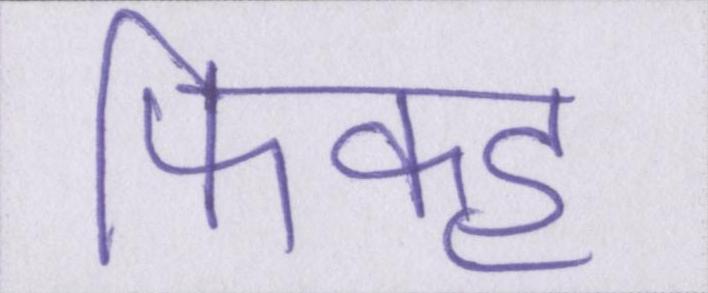
फिक्ह